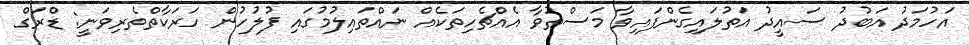
އަހުމަދު އަބުދު ސައީދު އަތުލައިގެންފައިވާ މަސްތުވާ އެއްޗެހިތަކެއް ނައްތައިލުމުގައި ފުލުހުން ހަރަކާތްތެރިވަނީ: ޑްރަގް